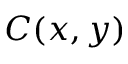
C ( x , y )